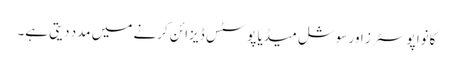
کانوا پوسٹرز اور سوشل میڈیا پوسٹس ڈیزائن کرنے میں مدد دیتی ہے۔